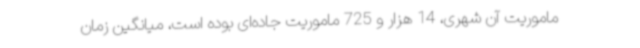
ماموریت آن شهری، 14 هزار و 725 ماموریت جاده‌ای بوده است، میانگین زمان